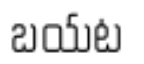
బయట